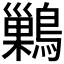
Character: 𪅕